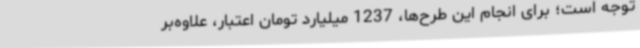
توجه است؛ برای انجام این طرح‌ها، 1237 میلیارد تومان اعتبار، علاوه‌بر